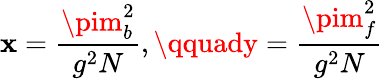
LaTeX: \mathbf{x}=\frac{{\pim_{b}^{2}}}{{g^{2}N}},\qquady=\frac{{\pim_{f}^{2}}}{{g^{2}N}}